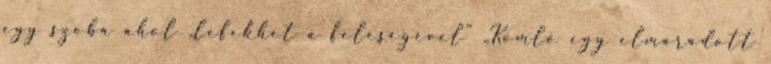
egy szoba ahol „lefekhet a feleségével” „Komló egy elmaradott